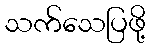
သက်သေပြဖို့